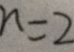
n = 2